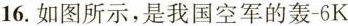
16.如图所示，是我国空军的轰-6K